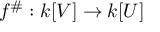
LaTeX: f ^ { \# } : k [ V ] \to k [ U ]